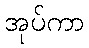
အုပ်ကာ